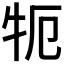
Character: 𰠪